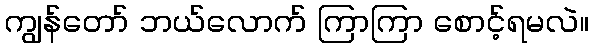
ကျွန်တော် ဘယ်လောက် ကြာကြာ စောင့်ရမလဲ။